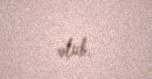
olub.